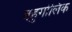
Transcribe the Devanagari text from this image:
बहुगोलिक